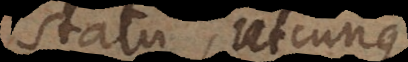
statu, utcunque